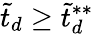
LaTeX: \tilde{t}_{d}\geq\tilde{t}_{d}^{**}